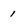
Character: 1